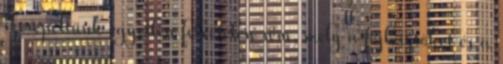
szerepeltünk egyetlen felvételen sem, mely a fejlesztőket és a